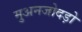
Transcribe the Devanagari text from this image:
मुअनजोदड़ो